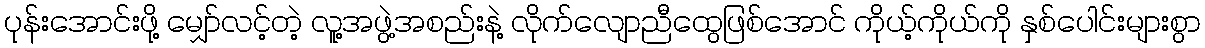
ပုန်းအောင်းဖို့ မျှော်လင့်တဲ့ လူ့အဖွဲ့အစည်းနဲ့ လိုက်လျောညီထွေဖြစ်အောင် ကိုယ့်ကိုယ်ကို နှစ်ပေါင်းများစွာ